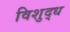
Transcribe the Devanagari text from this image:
विशुद्‍ध